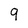
Character: 9